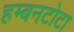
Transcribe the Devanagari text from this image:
हम्बनटोटा